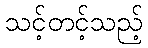
သင့်တင့်သည့်